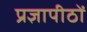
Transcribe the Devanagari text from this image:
प्रज्ञापीठों